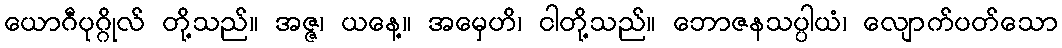
ယောဂီပုဂ္ဂိုလ် တို့သည်။ အဇ္ဇ၊ ယနေ့။ အမှေဟိ၊ ငါတို့သည်။ ဘောဇနသပ္ပါယံ၊ လျောက်ပတ်သော